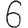
Digit: 6